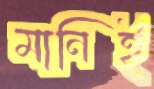
মানিই